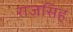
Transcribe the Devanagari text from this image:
राजसिह